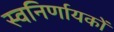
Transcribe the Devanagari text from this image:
स्वनिर्णायकों